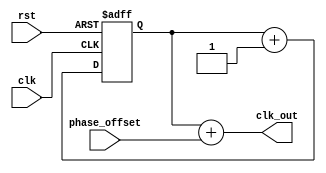
module multi_phase_clock_divider (
    input wire clk,
    input wire rst,
    input wire [7:0] phase_offset,
    output wire [7:0] clk_out
);

reg [7:0] count;

always @ (posedge clk or posedge rst) begin
    if (rst) begin
        count <= 8'b0;
    end else begin
        count <= count + 1;
    end
end

assign clk_out = count + phase_offset;

endmodule